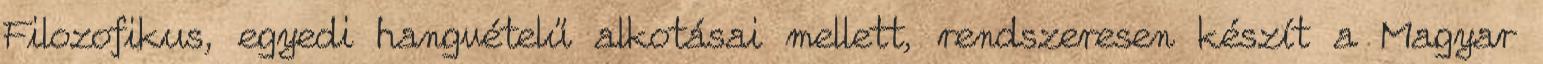
Filozofikus, egyedi hangvételű alkotásai mellett, rendszeresen készít a Magyar